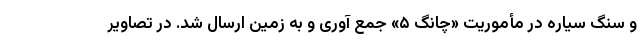
و سنگ سیاره در مأموریت «چانگ ۵» جمع آوری و به زمین ارسال شد. در تصاویر